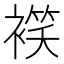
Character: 𧜕